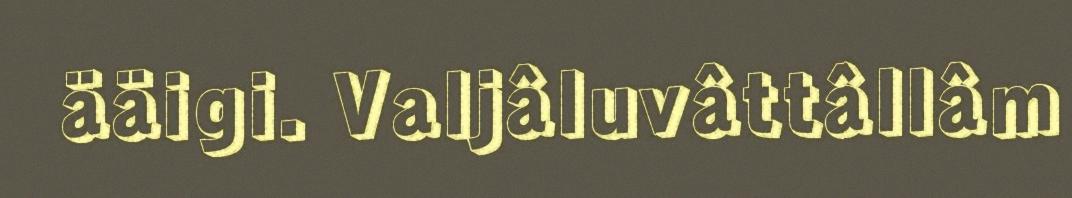
ääigi. Valjâluvâttâllâm